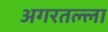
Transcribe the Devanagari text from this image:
अगरतल्ला